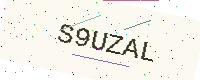
Text: S9UZAL